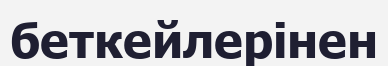
беткейлерінен